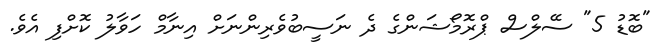
"ބޮޑު 5" ސޭލްސް ޕްރޮމޯޝަންގެ ދެ ނަސީބުވެރިންނަށް އިނާމް ހަވާލު ކޮށްފި އެވެ.